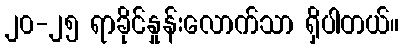
၂၀-၂၅ ရာခိုင်နှုန်းလောက်သာ ရှိပါတယ်။